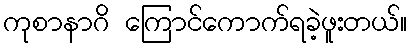
ကုစာနာဂိ ကြောင်ကောက်ရခဲ့ဖူးတယ်။